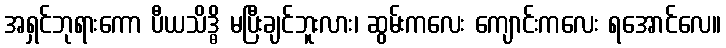
အရှင်ဘုရားကော ပီယသိဒ္ဓိ မပြီးချင်ဘူးလား၊ ဆွမ်းကလေး ကျောင်းကလေး ရအောင်လေ။